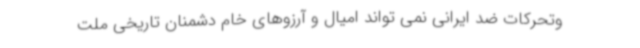
وتحرکات ضد ایرانی نمی تواند امیال و آرزوهای خام دشمنان تاریخی ملت